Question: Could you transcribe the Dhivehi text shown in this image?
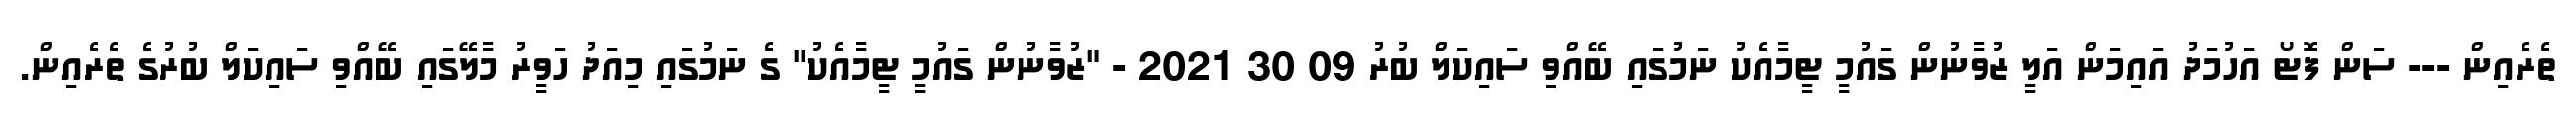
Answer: ތެރެއިން --- ސަން ފޮޓޯ އަހުމަދު އައިމަން އަލީ ޒުވާނުން ގައުމީ ޓީމާއެކު ނަމުގައި ބޭއްވި ސައިކަލް ބުރު 09 30 2021 - "ޒުވާނުން ގައުމީ ޓީމާއެކު" ގެ ނަމުގައި މިއަދު ހަވީރު މާލޭގައި ބޭއްވި ސައިކަލް ބުރުގެ ތެރެއިން.